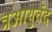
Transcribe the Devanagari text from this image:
त्रआयुर्वेद